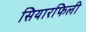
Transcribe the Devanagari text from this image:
सियारफिली